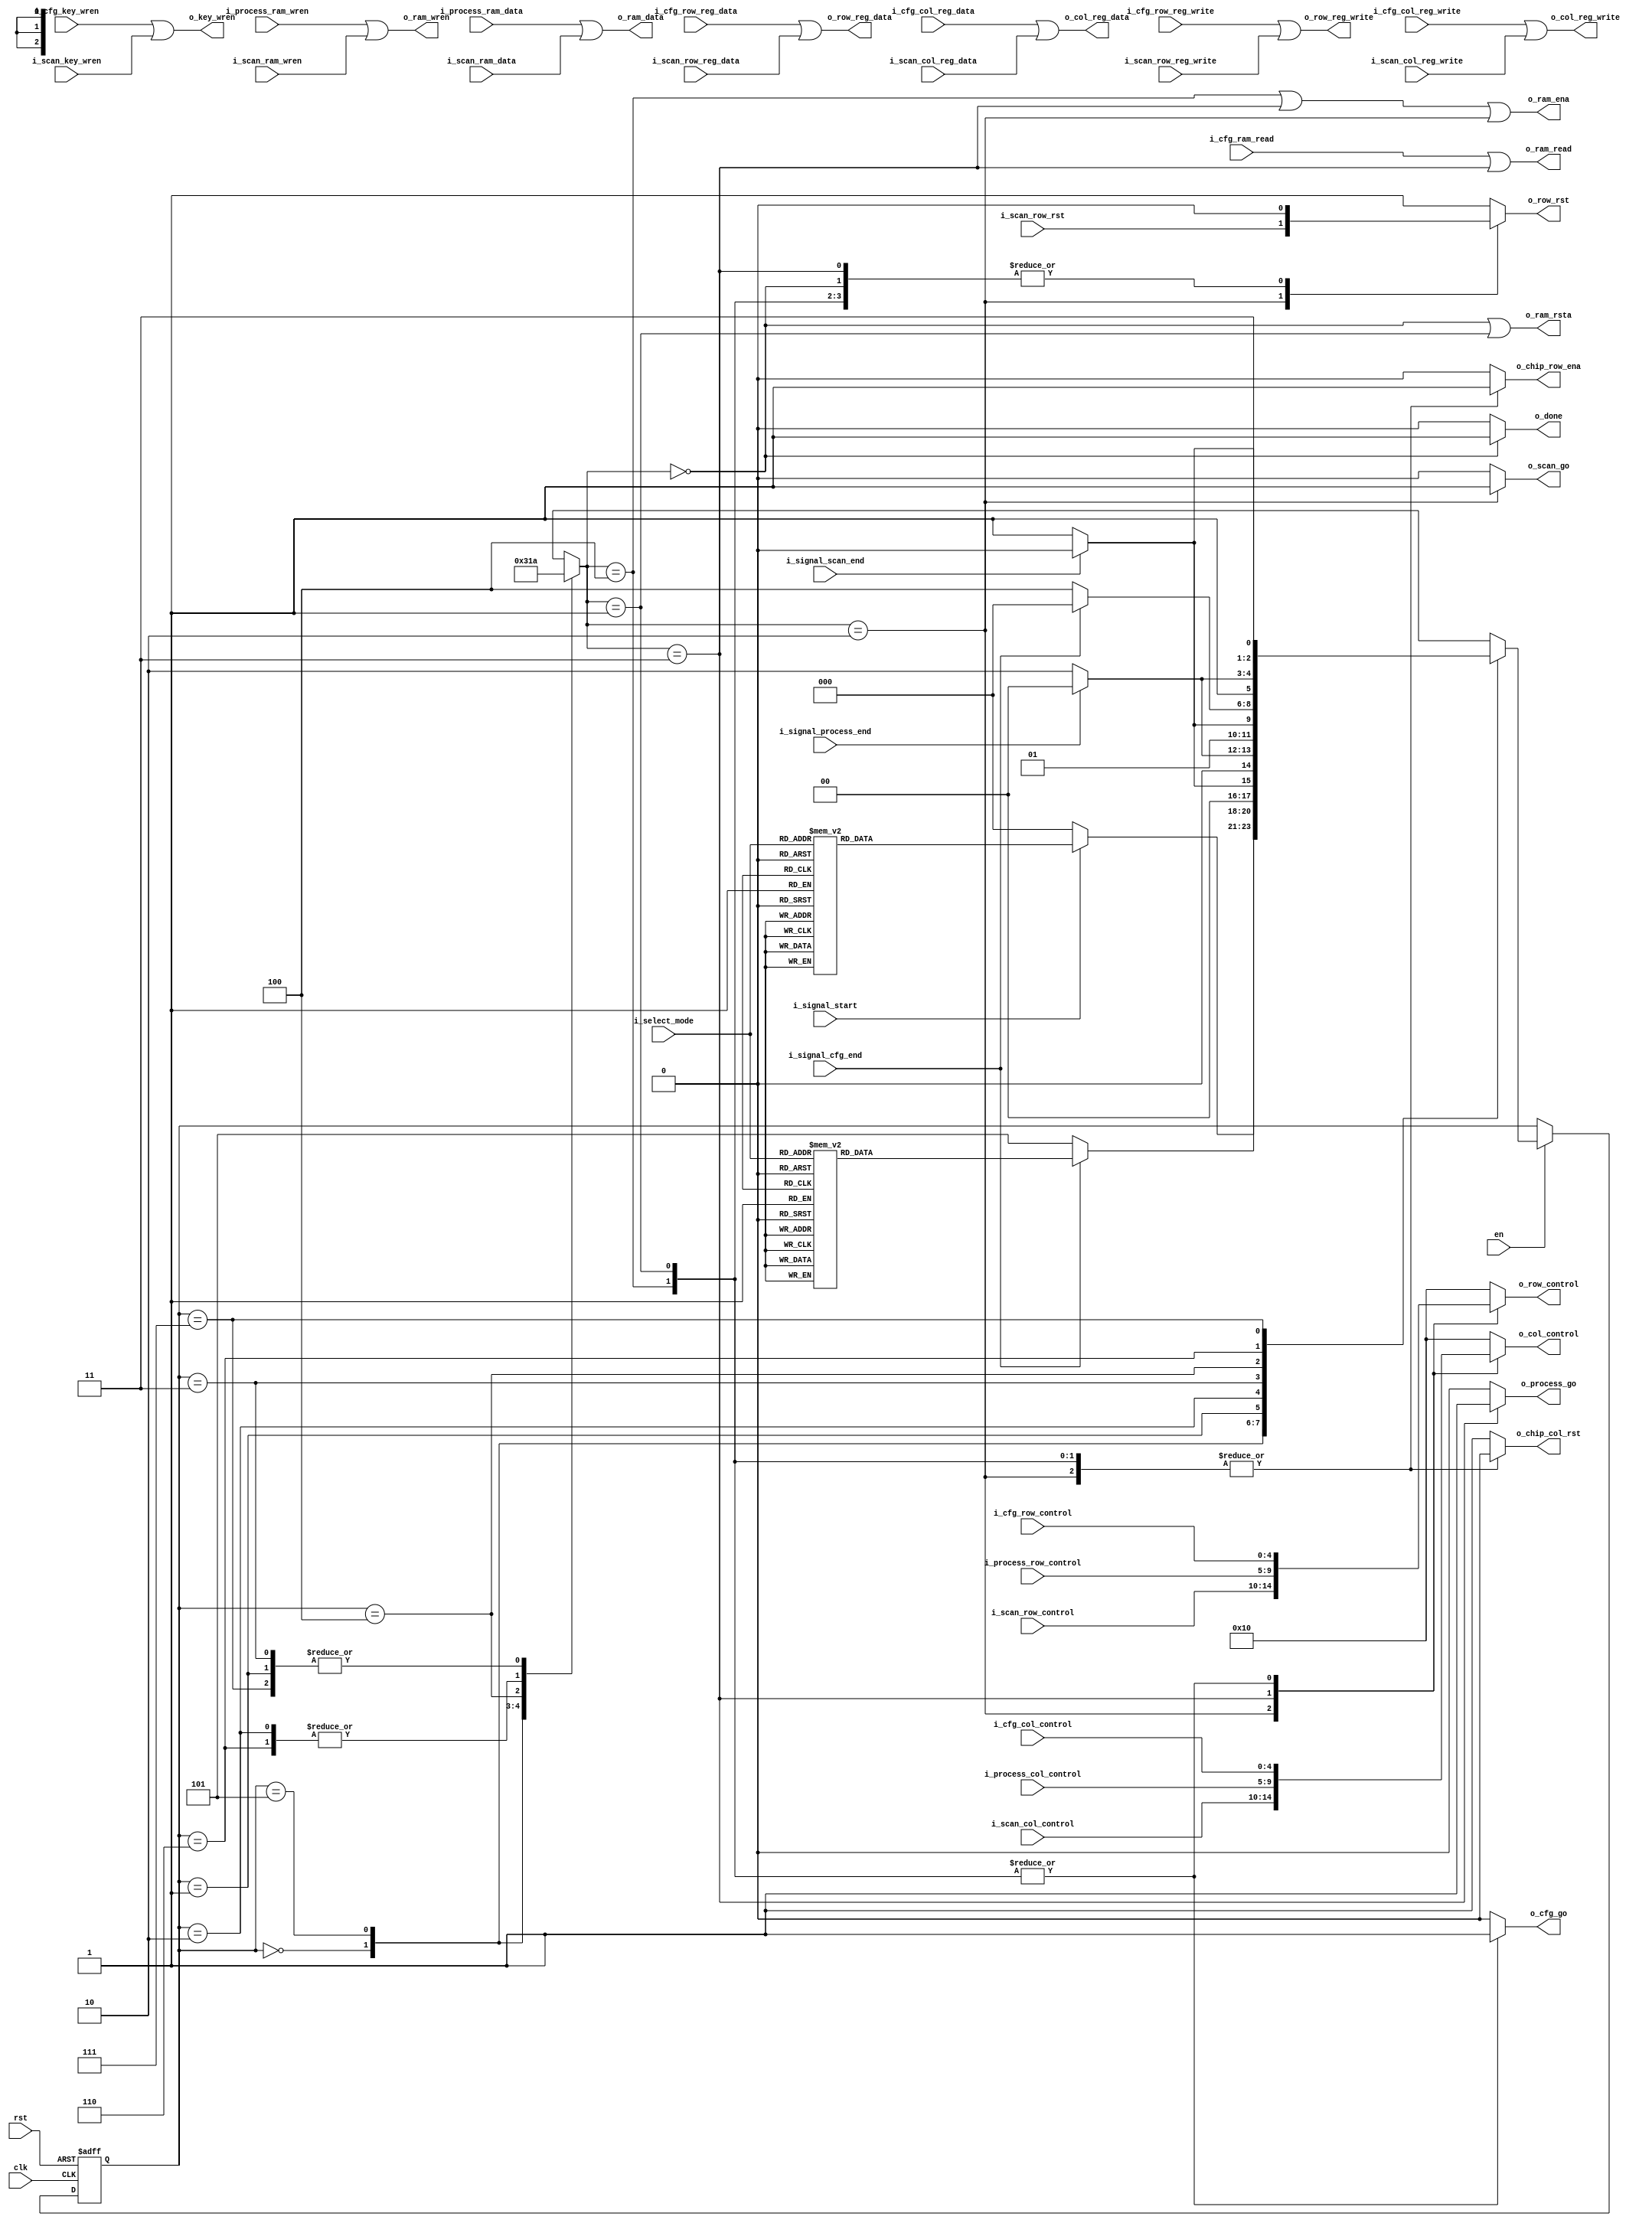
`ifndef TOP_FSM_H
`define TOP_FSM_H
// FSM para administrar los recursos compartidos entre las demas FSM

module top_fsm
(
    input  clk,
    input  rst,
    input  en,
    input  [2:0] i_select_mode,
    input  i_signal_start,
    input  i_signal_scan_end,
    input  i_signal_cfg_end,
    input  i_signal_process_end,

    // scan
    input [4:0] i_scan_col_control,
    input [4:0] i_scan_row_control,
    input i_scan_ram_wren,
    input [11:0] i_scan_ram_data,
    input i_scan_row_reg_data, 
    input i_scan_row_reg_write,  
    input i_scan_col_reg_data,  
    input i_scan_col_reg_write,  
    input i_scan_key_wren,
    input i_scan_row_rst,
    output reg o_scan_go,    
    
    // Process
    input  [4:0]  i_process_col_control,
    input  [4:0]  i_process_row_control,
    input         i_process_ram_wren,
    input  [11:0] i_process_ram_data,
    output reg o_process_go,

    // cfg
    input  [4:0] i_cfg_col_control,
    input  [4:0] i_cfg_row_control,
    input i_cfg_ram_read,
    input i_cfg_row_reg_data, 
    input i_cfg_row_reg_write,  
    input i_cfg_col_reg_data,  
    input i_cfg_col_reg_write,  
    input i_cfg_key_wren,     
    output reg o_cfg_go,

    // Control de los contadores para controlar la RAM
    output reg [4:0] o_col_control,
    output reg [4:0] o_row_control,

    // Control de la block ram
    output o_ram_read,
    output o_ram_wren,
    output o_ram_rsta,
    output o_ram_ena,
    output [11:0] o_ram_data,
    // Control de los drivers
    output reg o_chip_row_ena,
    output reg o_chip_col_rst,
    output o_row_reg_data,
    output o_row_reg_write,
    output o_col_reg_data ,
    output o_col_reg_write,
    output o_key_wren,
    output reg o_row_rst,
    output reg o_done
);

    reg  [2:0] state, next_state;
    reg  [2:0] sel_fsm;

    // Estados
    localparam 
        MODE_000    = 3'b000,     
        MODE_001    = 3'b001, // SCAN
        MODE_010    = 3'b010, // PROCESS (No elegible, solo accesible desde estado 011)
        MODE_011    = 3'b011, // SCAN -> PROCESS
        MODE_100    = 3'b100, // CONFIG
        MODE_101    = 3'b101, // PIXEL RESET (CONFIG con entrada en 0's)
        MODE_110    = 3'b110, // PROCESS -> CONFIG
        MODE_111    = 3'b111; // SCAN -> PROCESS -> CONFIG

    // Salidas
    localparam 
        IDLE        = 0,
        RESET       = 1,
        SCAN        = 2,
        PROCESS     = 3,
        CONF        = 4;
        

    always @(posedge clk or posedge rst) begin
        if (rst) begin
            state <= MODE_000;
        end
        else if (en) begin
            state <= next_state;
        end
    end

    // Next state logic
    always @(*) begin
        case (state)
        /* ESPERO SEAL DE INICIO  */
            MODE_000: begin 
                if(i_signal_start) begin
                    case (i_select_mode)
                        0: next_state = MODE_101;
                        1: next_state = MODE_101;
                        2: next_state = MODE_000;
                        3: next_state = MODE_101;
                        4: next_state = MODE_100;
                        5: next_state = MODE_000;
                        6: next_state = MODE_000;
                        7: next_state = MODE_101;
                        default: next_state = MODE_000;
                    endcase
                end else begin
                    next_state = MODE_000;
                end

                sel_fsm = IDLE;
            end
            /* SI VOY A ESCANEAR LOS PIXELES PRIMERO TENGO QUE REINICIAR LA MATRIZ DE PIXELES  */
            MODE_101: begin
                if(i_signal_cfg_end) begin
                    case (i_select_mode)
                        0: next_state = MODE_000;
                        1: next_state = MODE_001;
                        2: next_state = MODE_000;
                        3: next_state = MODE_011;
                        4: next_state = MODE_100;
                        5: next_state = MODE_000;
                        6: next_state = MODE_000;
                        7: next_state = MODE_111;
                        default: next_state = MODE_000;
                    endcase
                end else begin
                    next_state = MODE_101;
                end

                sel_fsm = RESET;
            end
            /* HAGO SOLO ESCANEO DE PIXELES  */
            MODE_001: begin
                if(i_signal_scan_end) begin
                    next_state = MODE_000;
                end else begin
                    next_state = MODE_001;
                end

                sel_fsm = SCAN;
            end
            MODE_010: begin
                if(i_signal_process_end) begin
                    next_state = MODE_000;
                end else begin
                    next_state = MODE_010;
                end

                sel_fsm = PROCESS;
            end
            MODE_011: begin
                if(i_signal_scan_end) begin
                    next_state = MODE_010;
                end else begin
                    next_state = MODE_011;
                end

                sel_fsm = SCAN;
            end
            MODE_100: begin
                if(i_signal_cfg_end) begin
                    next_state = MODE_000;
                end else begin
                    next_state = MODE_100;
                end

                sel_fsm = CONF;
            end
            MODE_110: begin
                if(i_signal_process_end) begin
                    next_state = MODE_100;
                end else begin
                    next_state = MODE_110;
                end

                sel_fsm = PROCESS;
            end
            MODE_111: begin
                if(i_signal_scan_end) begin
                    next_state = MODE_110;
                end else begin
                    next_state = MODE_111;
                end

                sel_fsm = SCAN;
            end
            
            default: begin
                next_state = MODE_000;

                sel_fsm = RESET;
            end
                
        endcase
    end

    // Output logic (MOORE)
    always @(*) begin
        case (sel_fsm)
            IDLE: begin
                o_col_control   = 5'b10000;
                o_row_control   = 5'b10000;
                o_chip_row_ena  = 1'b0;
                o_row_rst       = 1'b0;
                o_chip_col_rst  = 1'b1;
                o_done          = 1'b1;
                o_scan_go       = 1'b0;
                o_process_go    = 1'b0;
                o_cfg_go        = 1'b0;
            end
            RESET: begin
                o_col_control   = i_cfg_col_control  ;
                o_row_control   = i_cfg_row_control  ;
                o_chip_row_ena  = 1'b1               ;
                o_row_rst  = 1'b0               ;
                o_chip_col_rst  = 1'b0               ;
                o_done          = 1'b0               ;
                o_scan_go       = 1'b0;
                o_process_go    = 1'b0;
                o_cfg_go        = 1'b1;
            end
            SCAN: begin
                o_col_control   = i_scan_col_control  ;
                o_row_control   = i_scan_row_control  ;
                o_chip_row_ena  = 1'b1                ;
                o_row_rst  = i_scan_row_rst      ;
                o_chip_col_rst  = 1'b0                ;
                o_done          = 1'b0                ;
                o_scan_go       = 1'b1;
                o_process_go    = 1'b0;
                o_cfg_go        = 1'b0;
            end
            PROCESS: begin
                o_col_control   = i_process_col_control  ;
                o_row_control   = i_process_row_control  ;
                o_chip_row_ena  = 1'b0                   ;
                o_row_rst  = 1'b0                   ;
                o_chip_col_rst  = 1'b1                   ;
                o_done          = 1'b0                   ;
                o_scan_go       = 1'b0;
                o_process_go    = 1'b1;
                o_cfg_go        = 1'b0;
            end
            CONF: begin
                o_col_control   = i_cfg_col_control  ;
                o_row_control   = i_cfg_row_control  ;
                o_chip_row_ena  = 1'b1               ;
                o_row_rst  = 1'b0               ;
                o_chip_col_rst  = 1'b0               ;
                o_done          = 1'b0               ;
                o_scan_go       = 1'b0;
                o_process_go    = 1'b0;
                o_cfg_go        = 1'b1;
            end
            default: begin
                o_col_control   = 5'b10000;
                o_row_control   = 5'b10000;
                o_chip_row_ena  = 1'b0;
                o_row_rst  = 1'b1;
                o_chip_col_rst  = 1'b1;
                o_done          = 1'b0;
                o_scan_go       = 1'b0;
                o_process_go    = 1'b0;
                o_cfg_go        = 1'b0;
            end
        endcase
    end

    assign o_ram_read   = i_cfg_ram_read | (sel_fsm == PROCESS);
    assign o_ram_wren   = i_process_ram_wren | i_scan_ram_wren;
    assign o_ram_data   = i_process_ram_data | i_scan_ram_data;
    assign o_ram_rsta   = (sel_fsm == IDLE) | (sel_fsm == RESET);
    assign o_ram_ena    = (sel_fsm == CONF) | (sel_fsm == PROCESS) | (sel_fsm == SCAN);

    assign o_row_reg_data  = i_cfg_row_reg_data  | i_scan_row_reg_data ;
    assign o_row_reg_write = i_cfg_row_reg_write | i_scan_row_reg_write;
    assign o_col_reg_data  = i_cfg_col_reg_data  | i_scan_col_reg_data ;
    assign o_col_reg_write = i_cfg_col_reg_write | i_scan_col_reg_write;
    assign o_key_wren      = i_cfg_key_wren      | i_scan_key_wren     ;

    //OUTPUT LOGIC MEALY
    // assign o_scan_go    = (next_state ==  MODE_001) || (next_state ==  MODE_011) || (next_state ==  MODE_111);
    // assign o_process_go = (next_state ==  MODE_010) || (next_state ==  MODE_110);
    // assign o_cfg_go     = (next_state ==  MODE_100) || (next_state ==  MODE_101);

endmodule

`endif